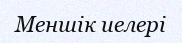
Меншік иелері